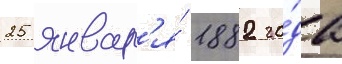
25 январ'я́ 1882 го́да